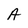
Character: A